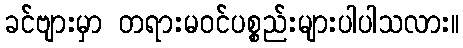
ခင်ဗျားမှာ တရားမဝင်ပစ္စည်းများပါပါသလား။